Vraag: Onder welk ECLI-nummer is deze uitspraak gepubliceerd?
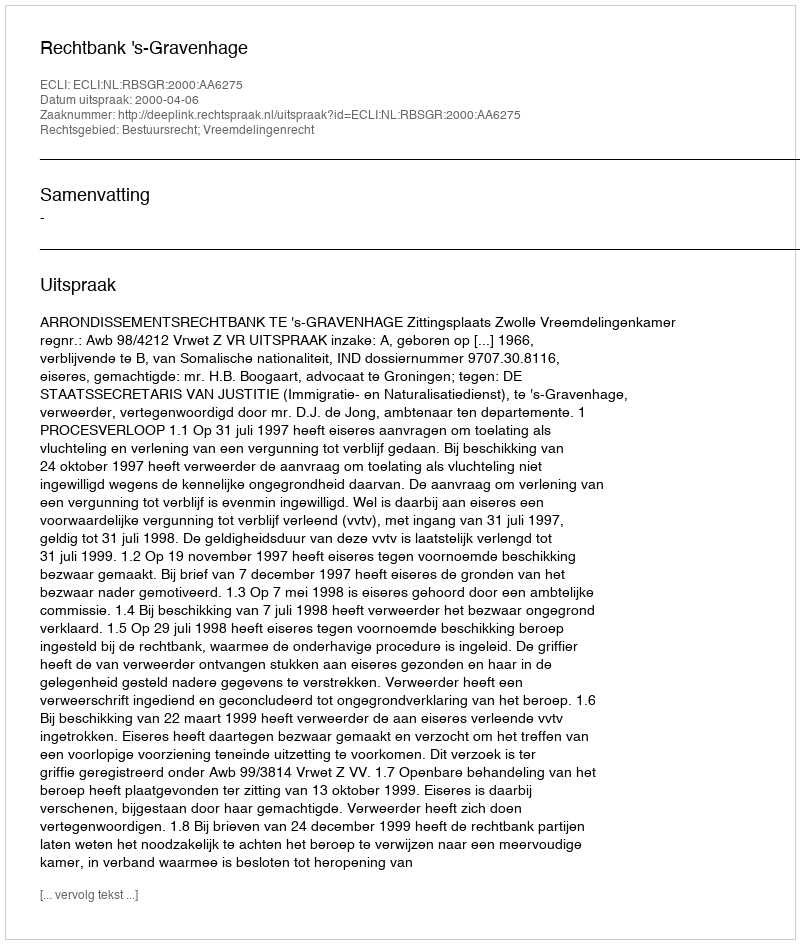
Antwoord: ECLI:NL:RBSGR:2000:AA6275